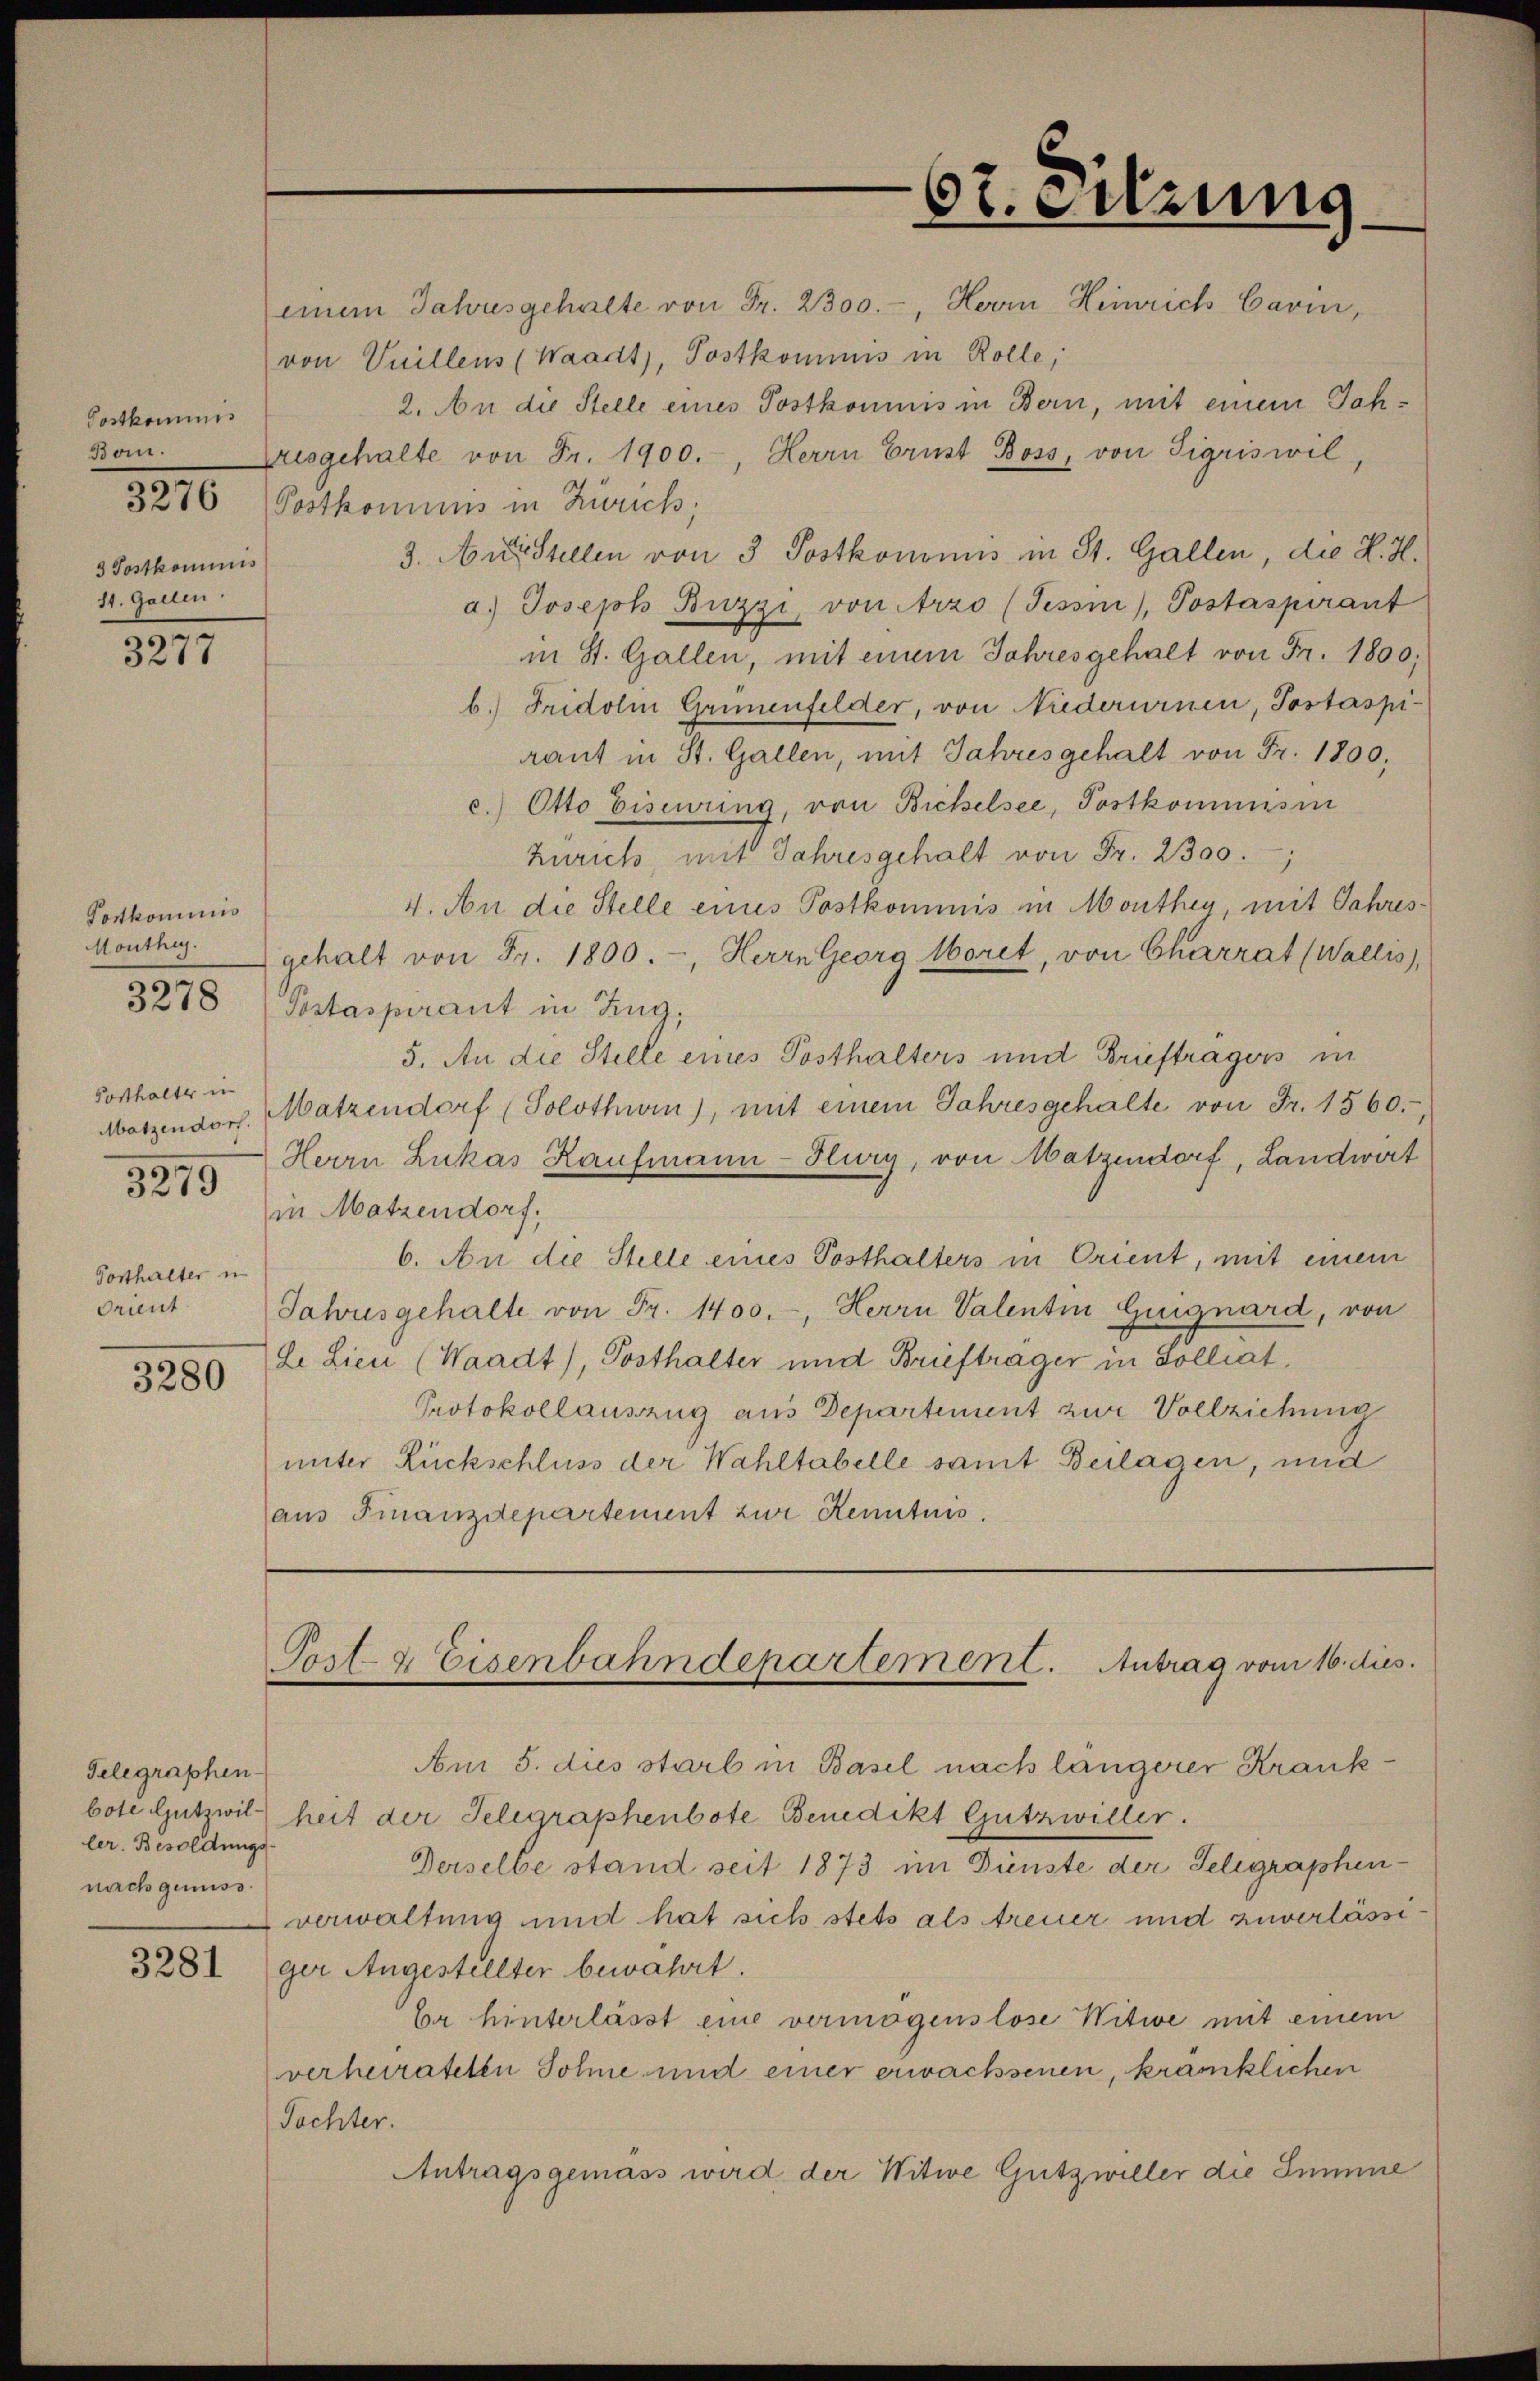
Postkommis
Bon.
3 Postkommis
11. Gallen

3277

Portkominis

Posthalter in
Posthalter in
drunt
3280

3279

Telegraphen-
ler. Besoldungs-
nach genuss.

3281

von Vuillens (Waadt, Postkommnis in Rolle,

einem Jahresgehalte von Fr. 2300.-, Herrn Heinrich Carin,
2. An die Stelle eines Postkommnis in Bern, mit einem Jah¬
Zresgehalte von Fr. 1900.-, Herrn Ernst Boss, von Sigriswil,
3280 (Postkommnis in Zürich,
3. Ausstellen von 3 Postkommnis in St. Gallen, die K. H.
a) Joseph Buzzi, von Arzo (Tessin, Postaspirant
in St. Gallen, mit einem Jahresgehalt von Fr. 1800;
b.) Fridoli Grünenfelder, von Niederurnen, Jostaspi-
raut in St. Gallen, mit Jahres gehalt von Fr. 1800,
c.) Otto Eisering, von Bichelsee, Postkommisin
Zürich, mit Jahresgehalt von Fr. 2300.
4. An die Stelle eines Postkommis in Monthen, mit Jahres¬
Monthy gehalt von Fr. 1800.-, Herrn Georg Moret, von Charrat (Wallis,
3278 , Gestaspirant in Zug,
5. An die Stelle eines Posthalters und Brieftragers in
Matzendor. Matzendorf (Solothurn), mit einem Jahresgehalte von Fr. 1560.
Herrn Lukas Kaufmann-Hury, von Matzendorf, Landwirt
in Matzendorf,
6. An die Stelle eines Posthalters in Orient, mit einem
Jahresgehalte von Fr. 1400.-, Herrn Valentin Guignard, von
Le Lien (Waadt), Posthalter und Briefträger in Solliat.
Protokollauszug aus Departement zur Vollziehung
unter Rückschluss der Wahltabelle samt Beilagen, und
(aus Finanzdepartement zur Kenntnis.

6t. Sitzung

Post- & Eisenbahndepartement. Antrag vom 16. dies.

Am 5. dies starb in Basel nach längerer Krankbote Gutzwil heit der Telegraphenbote Benedikt Gutzwiller.
Derselbe stand seit 1873 im Dienste der Telegraphenverwaltung und hat sich stets als treuer und zuverlässiger Angestellter bewahrt.
be hinterlässt eine vermögenslose Witwe mit einem
verheirateten Sohne und einer erwachsenen, kränklichen
Tochter.
Antragsgemäss wird der Witwe Gutzwiller die Summe